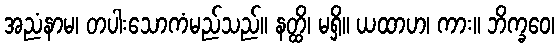
အညံနာမ၊ တပါးသောကံမည်သည်။ နတ္ထိ၊ မရှိ။ ယထာဟ၊ ကား။ ဘိက္ခဝေ၊